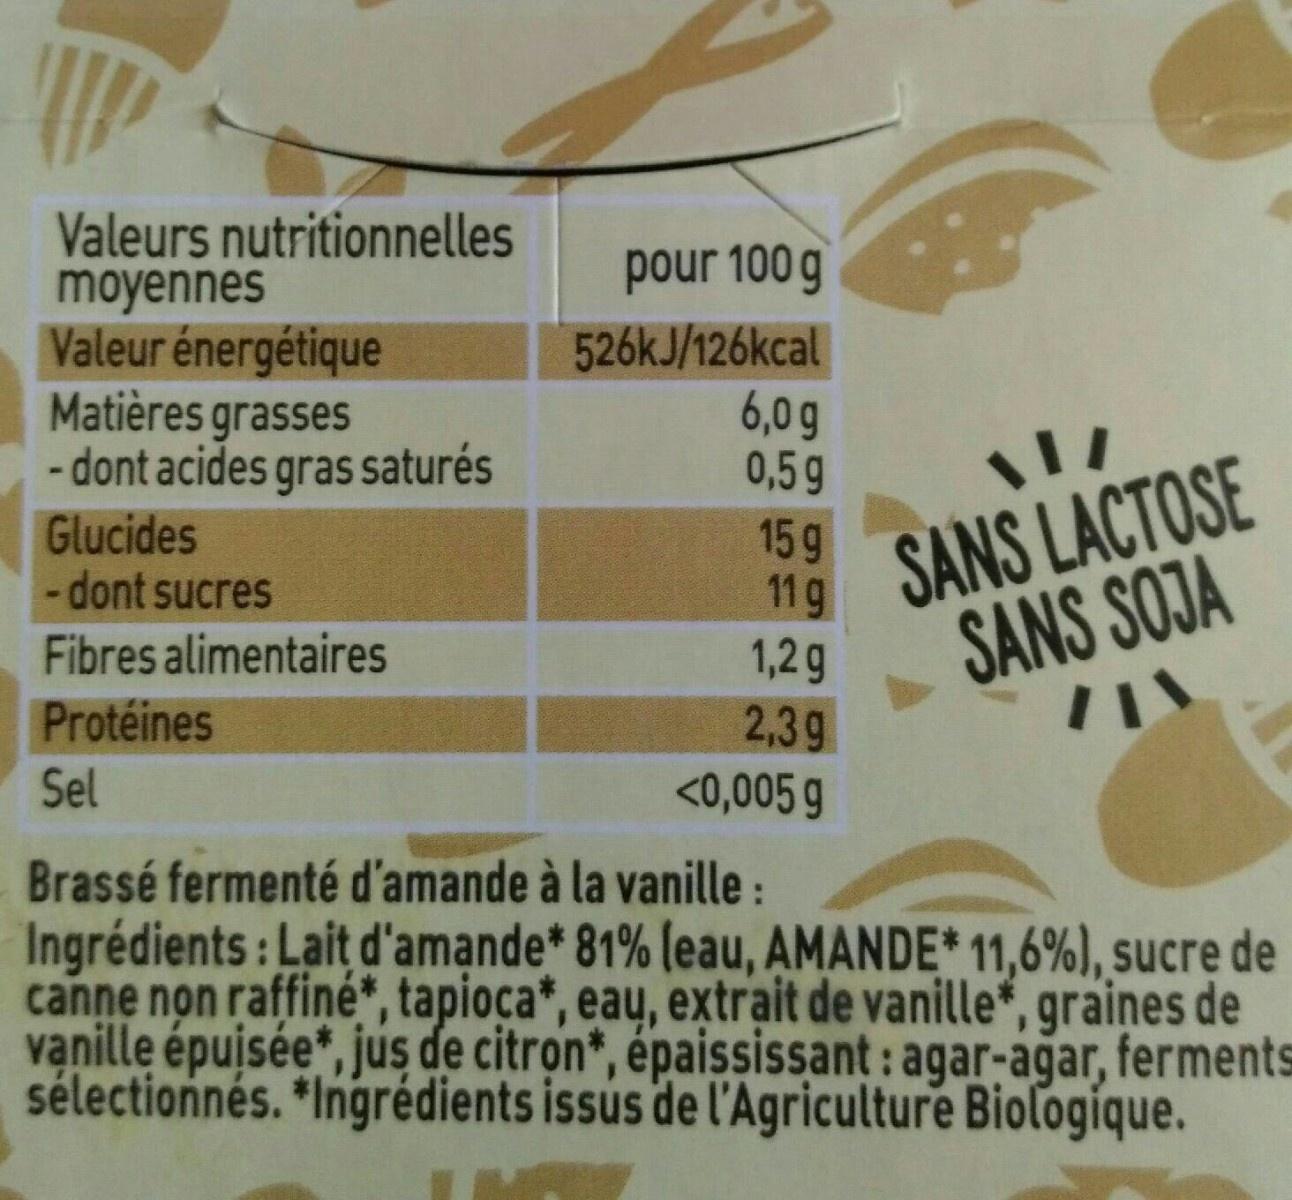
Valeurs nutritionnelles moyennes Valeur énergétique Matières grasses - dont acides gras saturés Glucides -dont sucres
pour 100 g 526KJ/126kcal 6,0g 0,59
SANS LACTOSE 11g
159
Fibres alimentaires
SANS SOJA
1,2g 2,39 <0,005 g
Protéines
Sel
Brassé fermenté d'amande à la vanille : Ingrédients: Lait d'amande* 81% (eau, AMANDE* 11,6%), sucre de canne non raffiné*, tapioca*, eau, extrait de vanille*, graines de vanille épuisée*, jus de citron*, épaississant : agar-agar, ferments sélectionnés. *Ingrédients issus de l'Agriculture Biologíque.